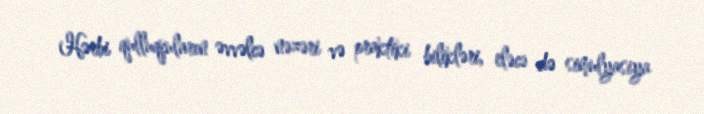
Hərbi qulluqçuların əvvəlcə nəzəri və praktiki bilikləri, eləcə də simulyasiya